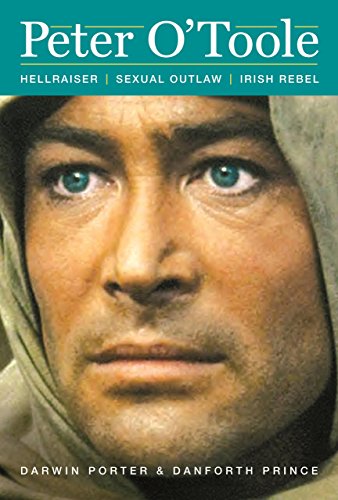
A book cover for Peter O'Toole: Hellraiser, Sexual Outlaw, Irish Rebel (Blood Moon's Babylon Series); Darwin Porter; Biographies & Memoirs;